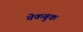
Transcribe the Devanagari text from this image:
चेकबुक